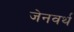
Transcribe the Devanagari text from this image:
जेनवर्थ